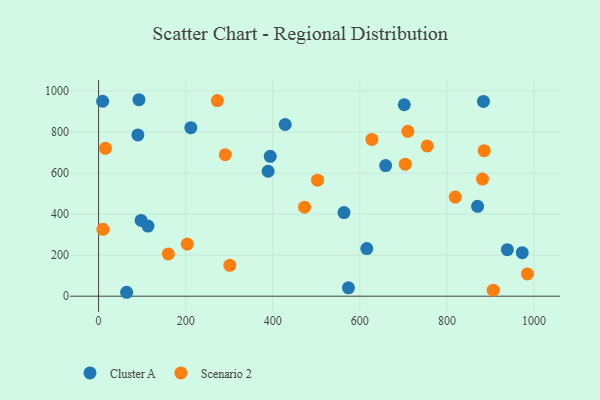
{"axis": {"x": "Study Hours", "y": "Fuel Efficiency"}, "legend": ["Cluster A", "Scenario 2"], "data": [{"x": "97.7", "y": 369.2, "type": "Cluster A"}, {"x": "616.0", "y": 232.1, "type": "Cluster A"}, {"x": "659.2", "y": 636.4, "type": "Cluster A"}, {"x": "428.5", "y": 836.7, "type": "Cluster A"}, {"x": "9.3", "y": 950.0, "type": "Cluster A"}, {"x": "938.7", "y": 226.6, "type": "Cluster A"}, {"x": "563.6", "y": 407.7, "type": "Cluster A"}, {"x": "394.2", "y": 681.6, "type": "Cluster A"}, {"x": "870.3", "y": 437.8, "type": "Cluster A"}, {"x": "64.4", "y": 19.1, "type": "Cluster A"}, {"x": "573.8", "y": 40.9, "type": "Cluster A"}, {"x": "113.4", "y": 341.6, "type": "Cluster A"}, {"x": "211.8", "y": 821.2, "type": "Cluster A"}, {"x": "389.3", "y": 608.9, "type": "Cluster A"}, {"x": "972.9", "y": 212.0, "type": "Cluster A"}, {"x": "702.0", "y": 932.8, "type": "Cluster A"}, {"x": "883.8", "y": 949.0, "type": "Cluster A"}, {"x": "92.7", "y": 957.4, "type": "Cluster A"}, {"x": "90.2", "y": 785.7, "type": "Cluster A"}, {"x": "160.1", "y": 206.0, "type": "Scenario 2"}, {"x": "906.2", "y": 29.4, "type": "Scenario 2"}, {"x": "473.0", "y": 433.9, "type": "Scenario 2"}, {"x": "819.0", "y": 483.0, "type": "Scenario 2"}, {"x": "885.5", "y": 709.1, "type": "Scenario 2"}, {"x": "301.3", "y": 150.6, "type": "Scenario 2"}, {"x": "15.8", "y": 720.8, "type": "Scenario 2"}, {"x": "203.7", "y": 254.1, "type": "Scenario 2"}, {"x": "290.9", "y": 689.3, "type": "Scenario 2"}, {"x": "984.7", "y": 108.5, "type": "Scenario 2"}, {"x": "704.2", "y": 643.4, "type": "Scenario 2"}, {"x": "10.0", "y": 326.1, "type": "Scenario 2"}, {"x": "627.6", "y": 763.9, "type": "Scenario 2"}, {"x": "754.6", "y": 732.2, "type": "Scenario 2"}, {"x": "710.1", "y": 803.4, "type": "Scenario 2"}, {"x": "272.8", "y": 953.4, "type": "Scenario 2"}, {"x": "502.8", "y": 565.6, "type": "Scenario 2"}, {"x": "881.5", "y": 570.9, "type": "Scenario 2"}]}